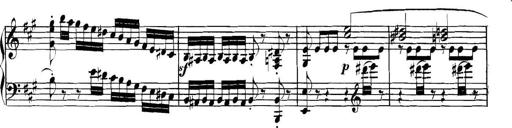
Title: Collected Piano Sonatas
Composer: Muzio Clementi